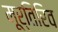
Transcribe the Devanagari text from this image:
मूर्तिरिव